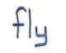
fly